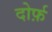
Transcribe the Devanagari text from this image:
दोर्फ़